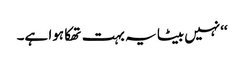
‘‘نہیں بیٹا یہ بہت تھکا ہوا ہے۔